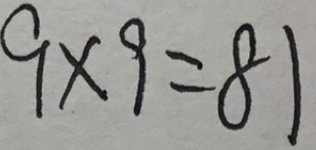
9 \times 9 = 8 1